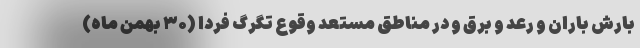
بارش باران و رعد و برق و در مناطق مستعد وقوع تگرگ فردا (۳۰ بهمن ماه)